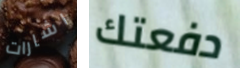
اشارات دفعتك